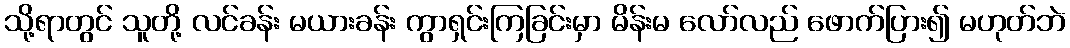
သို့ရာတွင် သူတို့ လင်ခန်း မယားခန်း ကွာရှင်းကြခြင်းမှာ မိန်းမ လော်လည် ဖောက်ပြား၍ မဟုတ်ဘဲ